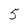
Character: 5